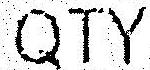
QTY